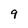
Character: 9